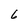
Character: 6